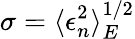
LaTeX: \sigma=\langle\epsilon_{n}^{2}\rangle_{E}^{1/2}